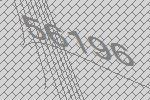
56196